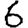
Digit: 6